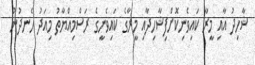
ޝާހިދު އާއި މީރާ ކައިވެނިކޮށްފިޝާހިދާއި މީރާގެ ކައިވެނީގެ ރަސްމިއްޔާތު މިއަދު ހެނދުނު